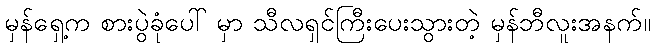
မှန်ရှေ့က စားပွဲခုံပေါ် မှာ သီလရှင်ကြီးပေးသွားတဲ့ မှန်ဘီလူးအနက်။